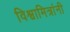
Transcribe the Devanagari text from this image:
विश्वामित्रांनी